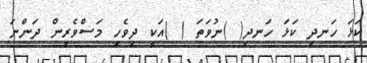
ކަޅަ ހަނދި ކަޅަ ހަނދި( )ނުވަތަ ( )އަކީ ދިވެހި މަސްވެރިން ދަންނަ